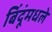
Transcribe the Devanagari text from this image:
बिंदूंमधले